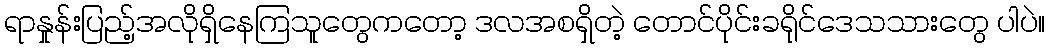
ရာနှုန်းပြည့်အလိုရှိနေကြသူတွေကတော့ ဒလအစရှိတဲ့ တောင်ပိုင်းခရိုင်ဒေသသားတွေ ပါပဲ။